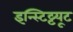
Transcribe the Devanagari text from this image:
इन्स्टिट्टयूट